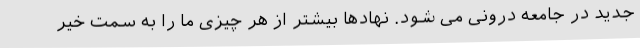
جدید در جامعه درونی می شود. نهادها بیشتر از هر چیزی ما را به سمت خیر